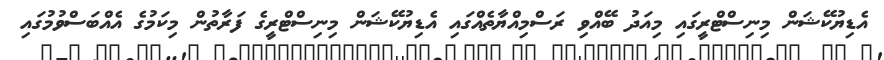
އެޑިޔުކޭޝަން މިނިސްޓްރީގައި މިއަދު ބޭއްވި ރަސްމިއްޔާތެއްގައި އެޑިޔުކޭޝަން މިނިސްޓްރީގެ ފަރާތުން މިކަމުގެ އެއްބަަސްވުމުގައި